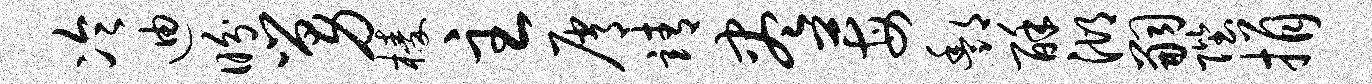
冷迪盼舅榛主屑靖尽莓酆酥湖嗣陛捐